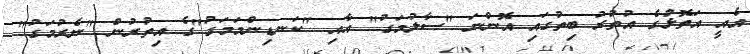
އެއީ އަތޮޅުގެ އުތުރު ބިތުގައި އޮންނަ "ސާލުމަގު" އާއި "ކަނޑިންމަމަގު"ގެ އިތުރުން "ނެރުމަގު"